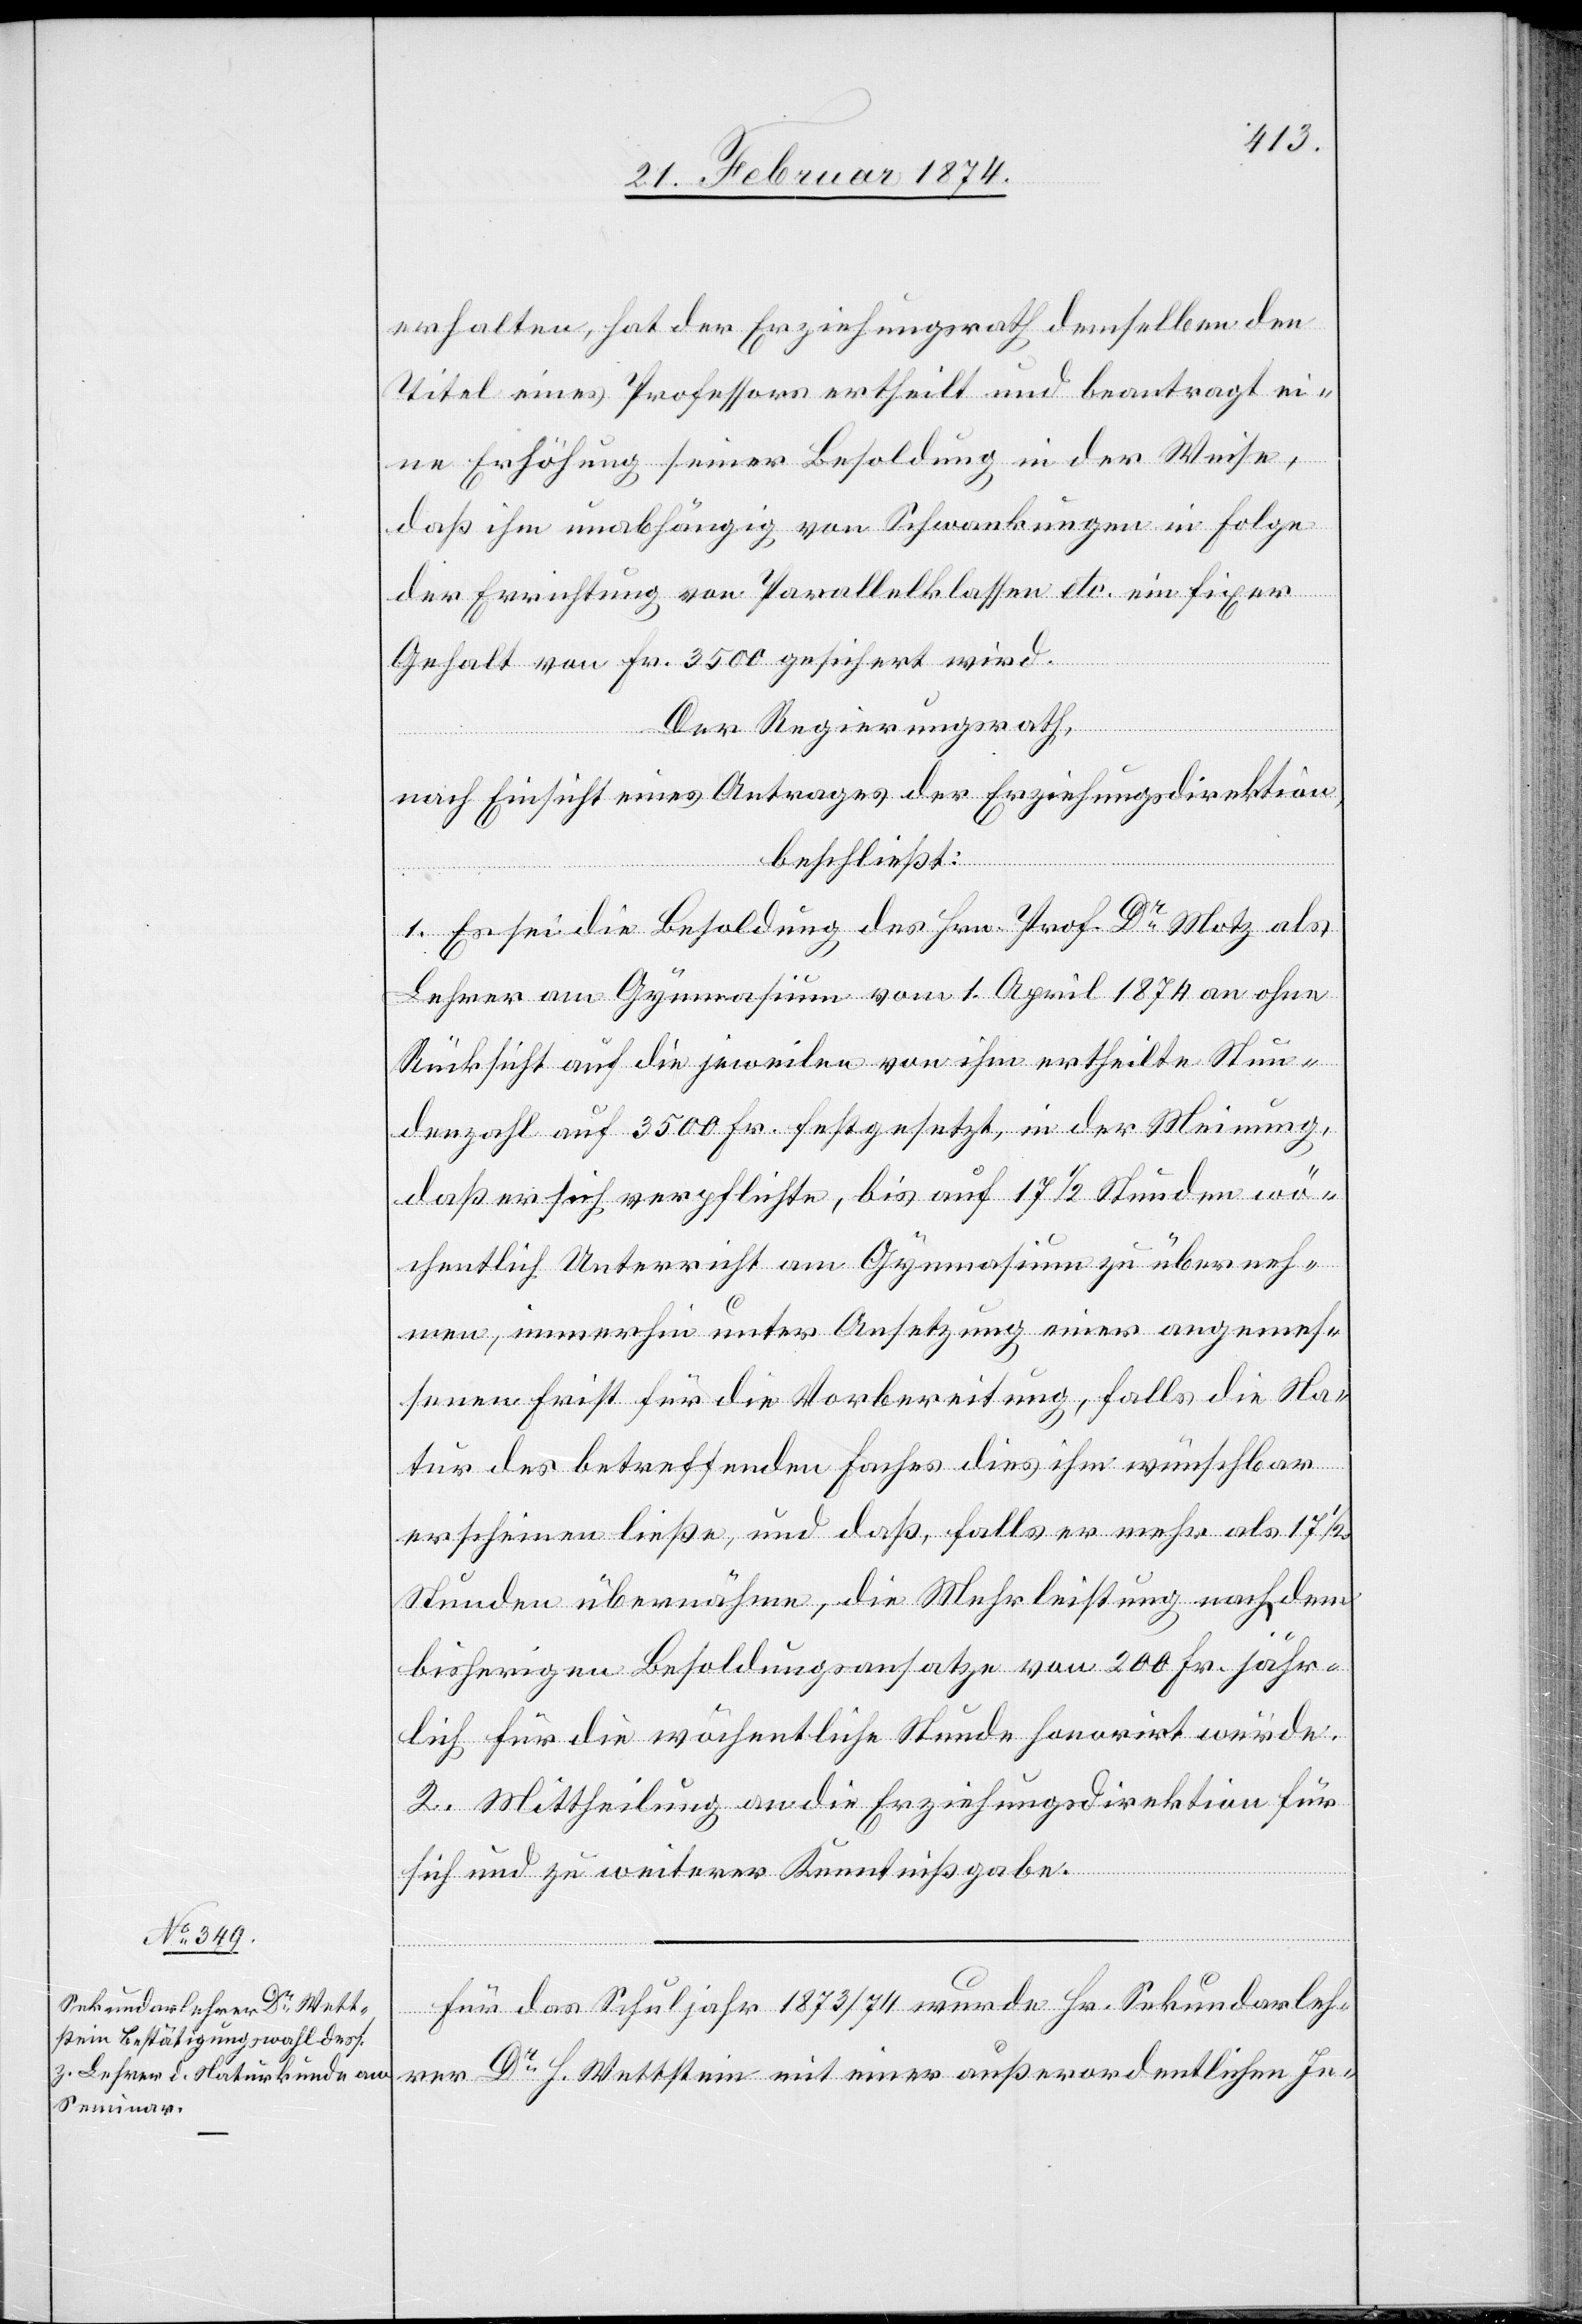
erhalten, hat der Erziehungsrath demselben den
Titel eines Professors ertheilt und beantragt ei¬
ne Erhöhung seiner Besoldung in der Weise,
daß ihm unabhängig von Schwankungen in Folge
der Errichtung von Parallelklassen etc. ein fixes
Gehalt von Fr. 3500 gesichert wird.
Der Regierungsrath,
nach Einsicht eines Antrages der Erziehungsdirektion,
beschließt:
1. Es sei die Besoldung des Hrn. Prof. Dr Motz als
Lehrer am Gymnasium vom 1. April 1874 an ohne
Rücksicht auf die jeweilen von ihm ertheilte Stun¬
denzahl auf 3500 Fr. festgesetzt, in der Meinung,
daß er sich verpflichte, bis auf 17 1/2 Stunden wö¬
chentlich Unterricht am Gymnasium zu überneh¬
men, immerhin unter Ansetzung einer angemes¬
senen Frist für die Vorbereitung, falls die Na¬
tur des betreffenden Faches dies ihm wünschbar
erscheinen ließe, und daß, falls er mehr als 17
Stunden übernähme, die Mehrleistung nach dem
bisherigen Besoldungsansatze von 200 Fr. jähr¬
lich für die wöchentliche Stunde honorirt würde.
2. Mittheilung an die Erziehungsdirektion für
sich und zu weiterer Kenntnißgabe.
Für das Schuljahr 1873/1874 wurde Hr. Sekundarleh¬
rer Dr H. Wettstein mit einer außerordentlichen In-